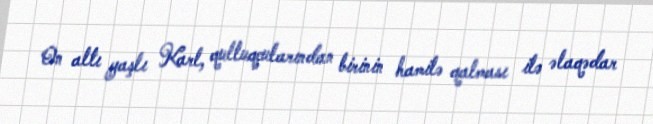
On altı yaşlı Karl, qulluqçularından birinin hamilə qalması ilə əlaqədar